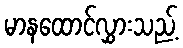
မာနထောင်လွှားသည့်